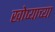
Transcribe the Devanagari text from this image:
खोप्याच्या